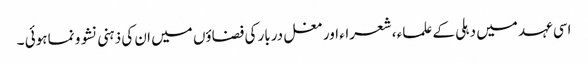
اسی عہد میں دہلی کے علماء ، شعراء اور مغل دربار کی فضاؤں میں ان کی ذہنی نشو و نما ہوئی ۔